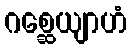
ဂစ္ဆေယျာဟံ